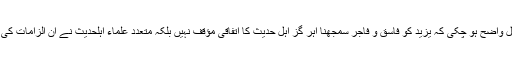
ان تصریحات سے یہ بات بالکل واضح ہو چکی کہ یزید کو فاسق و فاجر سمجھنا اہر گز اہل حدیث کا اتفاقی مؤقف نہیں بلکہ متعدد علماء اہلحدیث نے ان الزامات کی زبردست تردید کر رکھی ہے۔